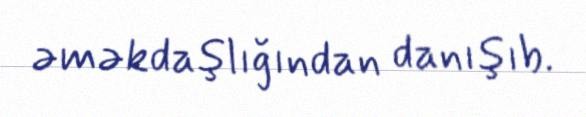
əməkdaşlığından danışıb.